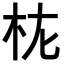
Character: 𭩝